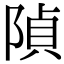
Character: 𨺟